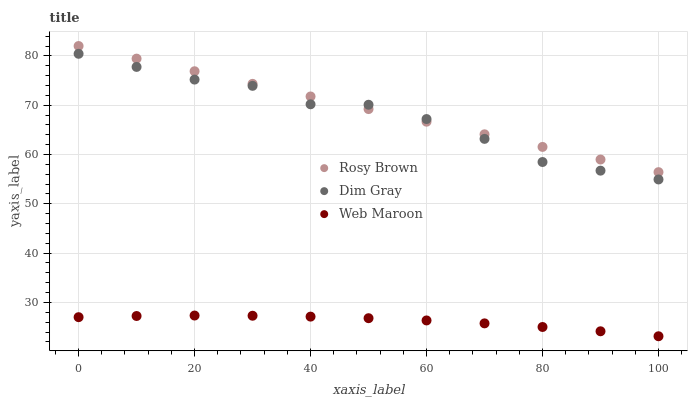
| xaxis_label | Rosy Brown | Dim Gray | Web Maroon |
 | --- | --- | --- | --- |
 | 0 | 82 | 80.4 | 27 |
 | 10 | 79.4 | 77.8 | 27.2 |
 | 20 | 76.9 | 75.2 | 27.3 |
 | 30 | 74.3 | 73.9 | 27.3 |
 | 40 | 71.8 | 70.2 | 27.1 |
 | 50 | 69.2 | 70.1 | 26.8 |
 | 60 | 66.7 | 67.2 | 26.3 |
 | 70 | 64.1 | 63.2 | 25.8 |
 | 80 | 61.5 | 58.5 | 25 |
 | 90 | 59 | 56.7 | 24.1 |
 | 100 | 56.4 | 54.9 | 23.1 |